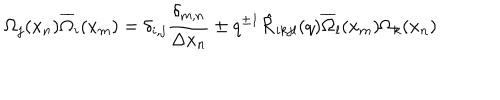
LaTeX: \Omega _ { j } ( x _ { n } ) \overline { { { \Omega } } } _ { i } ( x _ { m } ) = \delta _ { i , j } \frac { \delta _ { m , n } } { \Delta x _ { n } } \pm q ^ { \pm 1 } \hat { { \cal R } } _ { i k j l } ( q ) \overline { { { \Omega } } } _ { l } ( x _ { m } ) \Omega _ { k } ( x _ { n } )